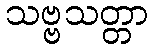
သဗ္ဗသတ္တာ